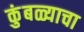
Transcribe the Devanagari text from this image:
कुंबळ्याचा